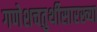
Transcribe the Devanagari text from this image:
गणेशचतुर्थीसारख्या